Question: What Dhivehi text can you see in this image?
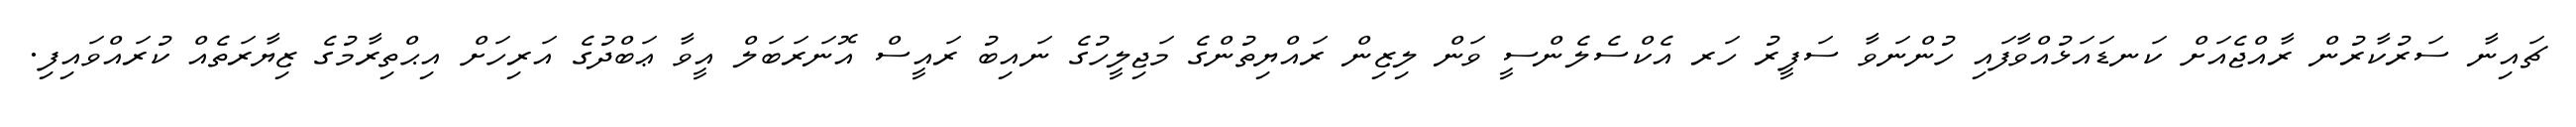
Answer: ޗައިނާ ސަރުކާރުން ރާއްޖެއަށް ކަނޑައަޅުއްވާފައި ހުންނަވާ ސަފީރު ހަރ އެކްސެލެންސީ ވަން ލިޒިން ރައްޔިތުންގެ މަޖިލީހުގެ ނައިބު ރައީސް އޮނަރަބަލް އީވާ ޢަބްދުގެ އަރިހަށް އިޙްތިރާމުގެ ޒިޔާރަތެއް ކުރައްވައިފި.